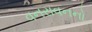
વનરાવનનો